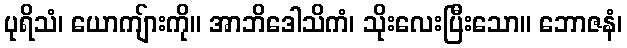
ပုရိသံ၊ ယောကျ်ားကို။ အာဘိဒေါသိကံ၊ သိုးလေးပြီးသော။ ဘောဇနံ၊